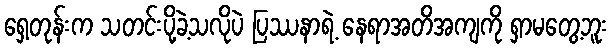
ရှေ့တုန်းက သတင်းပို့ခဲ့သလိုပဲ ပြဿနာရဲ့ နေရာအတိအကျကို ရှာမတွေ့ဘူး